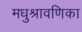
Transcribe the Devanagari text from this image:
मधुश्रावणिका